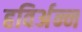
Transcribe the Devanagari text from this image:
हविर्अन्न